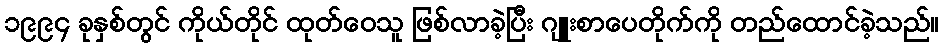
၁၉၉၄ ခုနှစ်တွင် ကိုယ်တိုင် ထုတ်ဝေသူ ဖြစ်လာခဲ့ပြီး ဂျူးစာပေတိုက်ကို တည်ထောင်ခဲ့သည်။